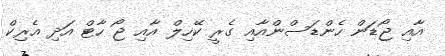
އާއި ޖޯޑަން ހެންޑަސްންއާއި ގެރީ ކޭހިލް އާއި ޖޯ ހާޓް އަދި އެރިކް